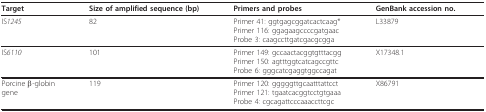
<table><thead><tr><td><b>Target</b></td><td><b>Size of amplified sequence (bp)</b></td><td><b>Primers and probes</b></td><td><b>GenBank accession no.</b></td></tr></thead><tbody><tr><td>IS<i>1245</i></td><td>82</td><td>Primer 41: ggtgagcggatcactcaag*Primer 116: ggagaagccccgatgaacProbe 3: caagccttgatcgacgcgga</td><td>L33879</td></tr><tr><td>IS<i>6110</i></td><td>101</td><td>Primer 149: gccaactacggtgtttacggPrimer 150: agtttggtcatcagccgttcProbe 6: gggcatcgaggtggccagat</td><td>X17348.1</td></tr><tr><td>Porcine β-globingene</td><td>119</td><td>Primer 120: gggggttgcaatttattcctPrimer 121: tgaatcacggtcctgtgaaaProbe 4: cgcagattcccaaaccttcgc</td><td>X86791</td></tr></tbody></table>